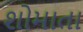
શોમાતા